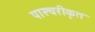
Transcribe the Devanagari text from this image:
पास्चरीकृत